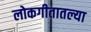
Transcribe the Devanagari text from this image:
लोकगीतातल्या